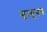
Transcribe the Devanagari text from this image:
मृ्त्युपत्र